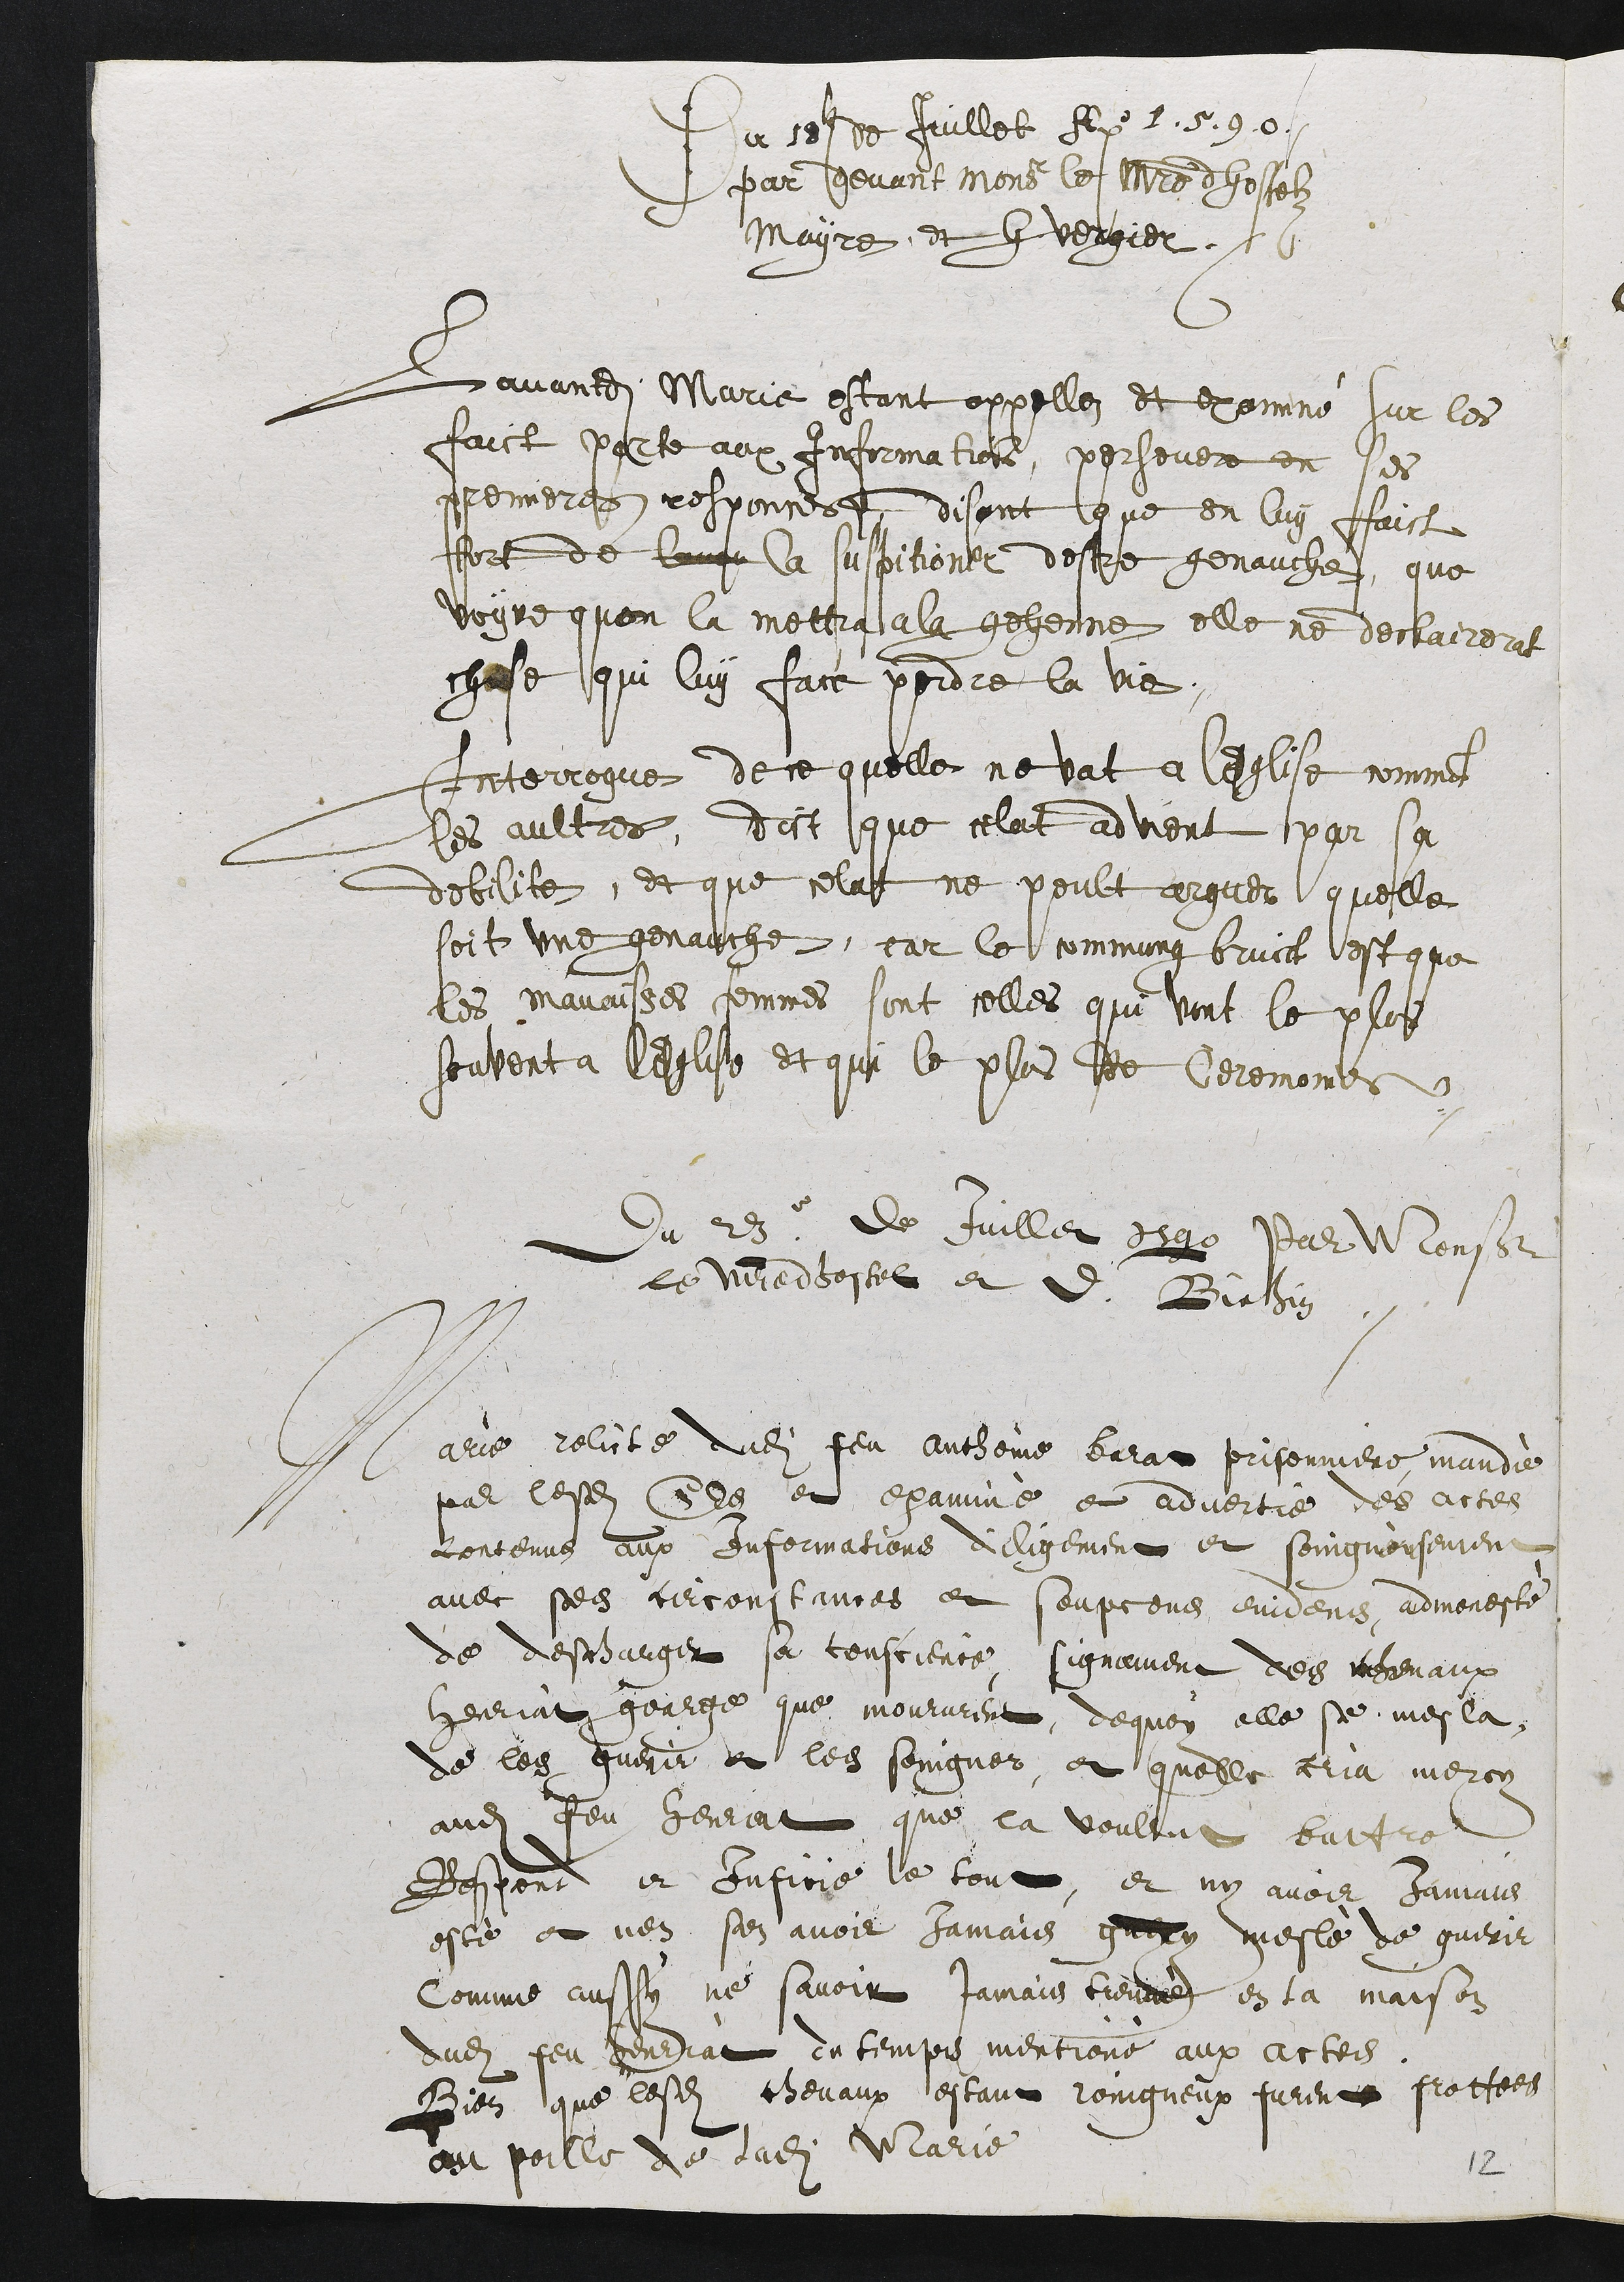
Du se de Juillet Alx .5.90
par ddevant mons le maistre dhossolz
Mayre et H vergier
Lavandite Marie estant appellez et exomné sur les
faict parte aux Information, persevere en ses
premieres responceet, disant que en luy faict
ffort de lomp la suspitioner destre genauche, que
voyre quon la mettra a la gehenne elle ne dechairerit
chose qui luy fact pordre la vie
Interrogue de ce quelle ne vat a leglise comment
les aultres, dict que celat advient par sa
debilite, et que celat ne peult arguer quelle
soit une genauche, car le commung bruict est que
les mavaisses femmes sont celles que vint le plos
souvent a leglise et qui le plus de Ceremontes
Du 23 de Juiller deg0 Par Monsieur
le veredhostel et d Biethin
Marre relite dudit feu autheine berar prisonniere mandie
par lesdites Ele et examiné et advertie des actes
contenus aux Informations dilligement et soingneusement
avec sedit tirconstances et soupcene evidens, admoneste
de descharger sa touscience, signament des merevaux
Henriat gearge que moururent, dequoy elle se mesla
de les guerir et les soingner, et quelle cria mercy
audit feu henrat que la voultut buttre
Respond er Infice le tout, et ny avoir jamais
esté et nen sen avoir jamais grry mesle de guerir
comme aussy ne savoir jamais tiennez en la maison
dudit feu geudiat ee temps mentions aux actees
Rien que lesdites chevaux estant roingneux furent prottees
au poille de ladite Marie